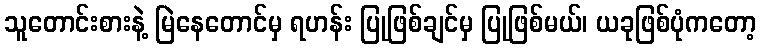
သူတောင်းစားနဲ့ မြဲနေတောင်မှ ရဟန်း ပြုဖြစ်ချင်မှ ပြုဖြစ်မယ်၊ ယခုဖြစ်ပုံကတော့